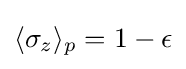
\langle \sigma _{z}\rangle _{p}=1-\epsilon